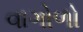
વાગોળો